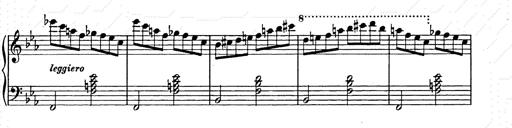
Title: Allegro di bravura
Composer: Carl Maria von Weber
Key: D major